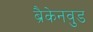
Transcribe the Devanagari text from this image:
ब्रैकेनवुड